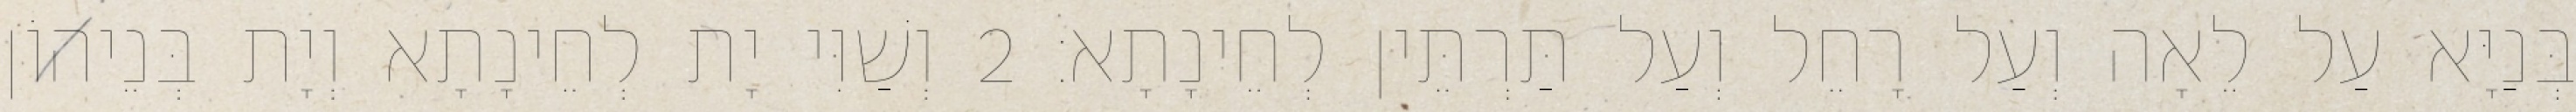
בְּנַיָּא עַל לֵאָה וְעַל רָחֵל וְעַל תַּרְתֵּין לְחֵינָתָא׃ 2 וְשַׁוִּי יָת לְחֵינָתָא וְיָת בְּנֵיהוֹן